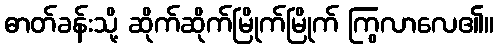
ဓာတ်ခန်းသို့ ဆိုက်ဆိုက်မြိုက်မြိုက် ကြွလာလေ၏။